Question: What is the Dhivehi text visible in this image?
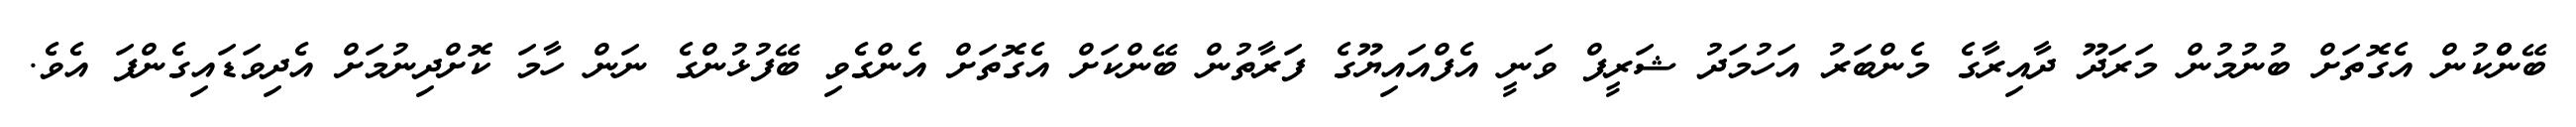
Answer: ބޭންްކުން އެގޮތަށް ބުނުމުން މަރަދޫ ދާއިރާގެ މެންބަރު އަހުމަދު ޝަރީފް ވަނީ އެފްއައިޔޫގެ ފަރާތުން ބޭންކަށް އެގޮތަށް އެންގެވި ބޭފުޅުންގެ ނަން ހާމަ ކޮށްދިނުމަށް އެދިވަޑައިގެންފަ އެވެ.